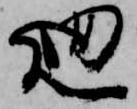
廻